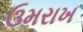
ઉમરાખ